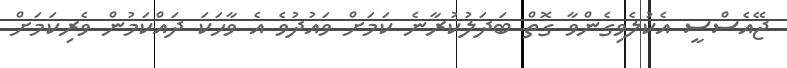
ޖޭއެސްސީ އެކުލެވިގެންވާ ގޮތް ބަދަލުކުރާނެ ކަމަށް ވައުދުވެ އެ ވާހަކަ ދައްކަމުން ވެރިކަމަށް